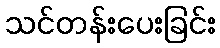
သင်တန်းပေးခြင်း